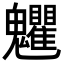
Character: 𩵅